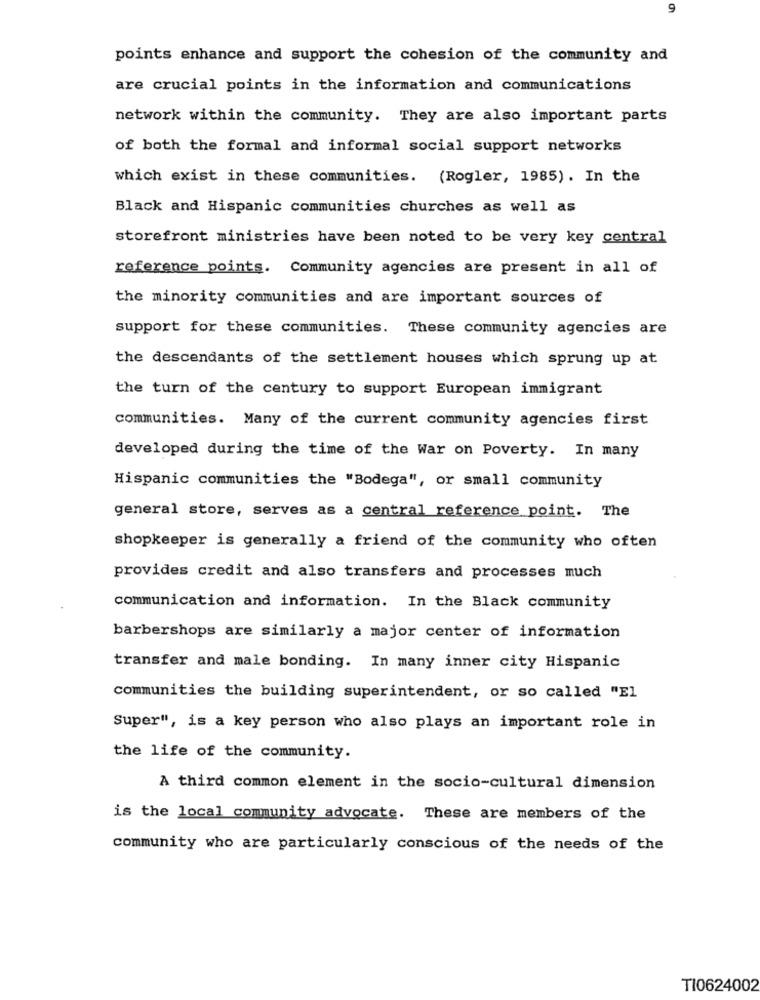
9
points enhance and support the cohesion of the community and
are crucial points in the information and communications
network within the community. They are also important parts
of both the formal and informal social support networks
which exist in these communities. (Rogler, 1985). In the
Black and Hispanic communities churches as well as
storefront ministries have been noted to be very key central
reference points. Community agencies are present in all of
the minority communities and are important sources of
support for these communities. These community agencies are
the descendants of the settlement houses which sprung up at
the turn of the century to support European immigrant
communities. Many of the current community agencies first
developed during the time of the War on Poverty. In many
Hispanic communities the "Bodega", or small community
general store, serves as a central reference point. The
shopkeeper is generally a friend of the community who often
provides credit and also transfers and processes much
communication and information. In the Black community
barbershops are similarly a major center of information
transfer and male bonding. In many inner city Hispanic
communities the building superintendent, or so called "El
Super", is a key person who also plays an important role in
the life of the community.
A third common element in the socio-cultural dimension
is the local community advocate. These are members of the
community who are particularly conscious of the needs of the
TI0624002